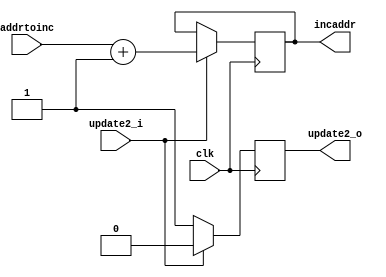
// Generated by MyHDL 0.11


`timescale 1ns/10ps

module addrbump (
    addrtoinc,
    update2_i,
    clk,
    incaddr,
    update2_o
);


input [4:0] addrtoinc;
input update2_i;
input clk;
output [4:0] incaddr;
reg [4:0] incaddr;
output update2_o;
reg update2_o;




always @(posedge clk) begin: ADDRBUMP_RTL4
    if ((update2_i == 1)) begin
        update2_o <= 0;
        incaddr <= (addrtoinc + 1);
    end
    else begin
        update2_o <= 1;
    end
end

endmodule